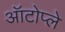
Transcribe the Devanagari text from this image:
ऑटोप्ले